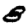
Digit: 8